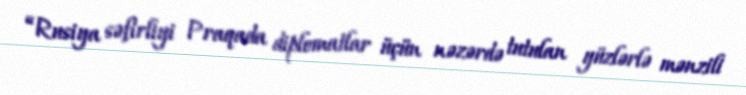
“Rusiya səfirliyi Praqada diplomatlar üçün nəzərdə tutulan yüzlərlə mənzili